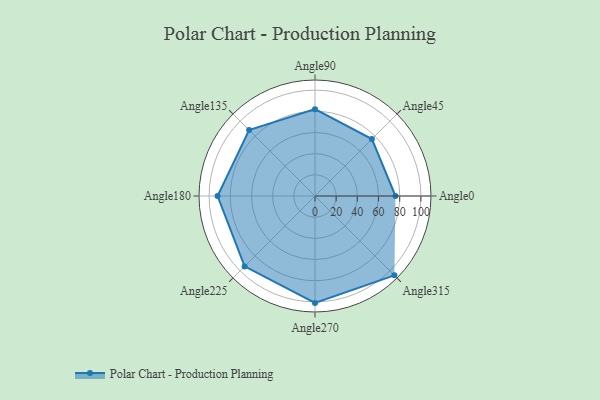
{"axis": {"x": "Angle", "y": "Radius"}, "legend": [""], "data": [{"x": "Angle0", "y": 76.0, "type": ""}, {"x": "Angle45", "y": 76.0, "type": ""}, {"x": "Angle90", "y": 82.0, "type": ""}, {"x": "Angle135", "y": 88.0, "type": ""}, {"x": "Angle180", "y": 92.0, "type": ""}, {"x": "Angle225", "y": 94.0, "type": ""}, {"x": "Angle270", "y": 101.0, "type": ""}, {"x": "Angle315", "y": 106.0, "type": ""}]}